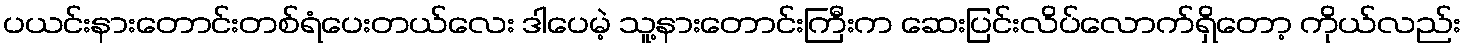
ပယင်းနားတောင်းတစ်ရံပေးတယ်လေး ဒါပေမဲ့ သူ့နားတောင်းကြီးက ဆေးပြင်းလိပ်လောက်ရှိတော့ ကိုယ်လည်း